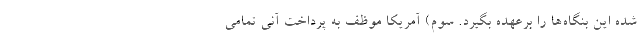
شده این بنگاه‌ها را برعهده بگیرد. سوم) آمریکا موظف به پرداخت آنی تمامی